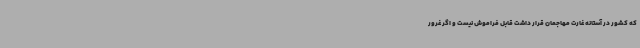
که کشور در آستانه غارت مهاجمان قرار داشت قابل فراموش نیست و اگر غرور